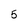
Character: 5